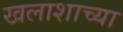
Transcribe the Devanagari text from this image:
खलाशाच्या